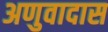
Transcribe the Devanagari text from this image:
अणुवादास